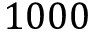
1 0 0 0